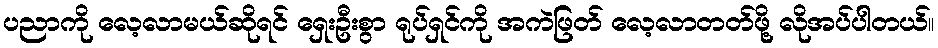
ပညာကို လေ့လာမယ်ဆိုရင် ရှေးဦးစွာ ရုပ်ရှင်ကို အကဲဖြတ် လေ့လာတတ်ဖို့ လိုအပ်ပါတယ်။